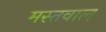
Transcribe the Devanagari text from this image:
मस्तवाल